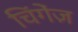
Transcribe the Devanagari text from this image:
चिंगेंज़